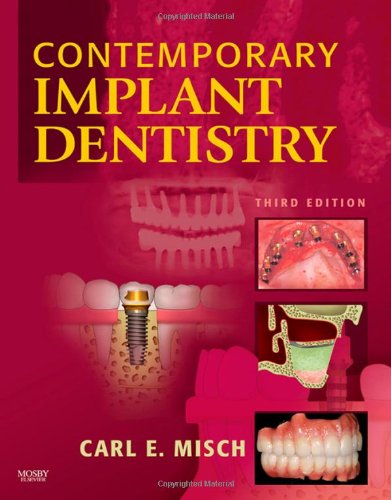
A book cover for Contemporary Implant Dentistry, 3e; Carl E. Misch DDS  MDS  PHD(HC); Medical Books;